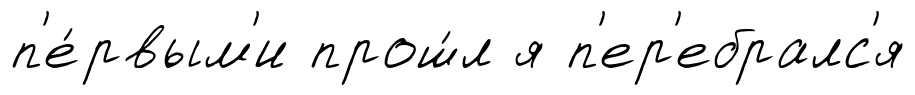
п'е́рвым'и прош́л я п'ер'ебралс'я